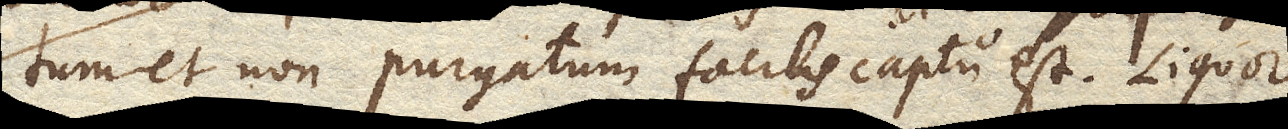
tum et non purgatum facilis captu est. Liquor